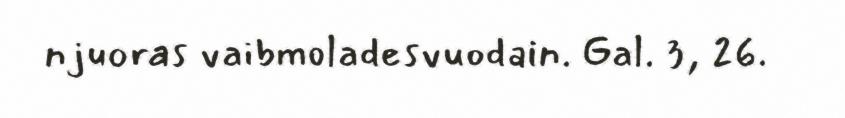
njuoras vaibmoladesvuodain. Gal. 3, 26.